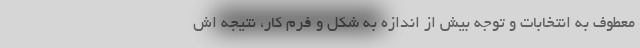
معطوف به انتخابات و توجه بیش از اندازه به شکل و فرم کار، نتیجه اش